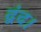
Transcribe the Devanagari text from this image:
द्वंद।